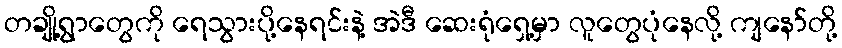
တချို့ရွာတွေကို ရေသွားပို့နေရင်းနဲ့ အဲဒီ ဆေးရုံရှေ့မှာ လူတွေပုံနေလို့ ကျနော်တို့